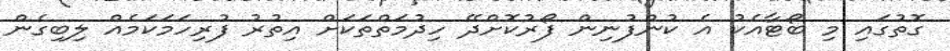
ގޮތުގައި މި ބޯޓާއެކު އެ ކުންފުނިން ފޯރުކޮށްދޭ ހިދުމަތްތަކަށް އިތުރު ފުރިހަމަކަމެއް ލިބިގެން